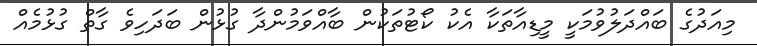
މިއަދުގެ ބައްދަލުވުމަކީ މީޑިއާތަކާ އެކު ކޯޓުތަކުން ބާއްވަމުންދާ ގުޅުން ބަދަހިވެ ގާތް ގުޅުމެއް